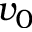
v _ { 0 }